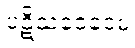
ပဋိသံဝေဒေမ